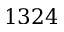
1 3 2 4